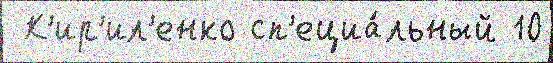
 К'ир'ил'енко сп'ециа́льный 10